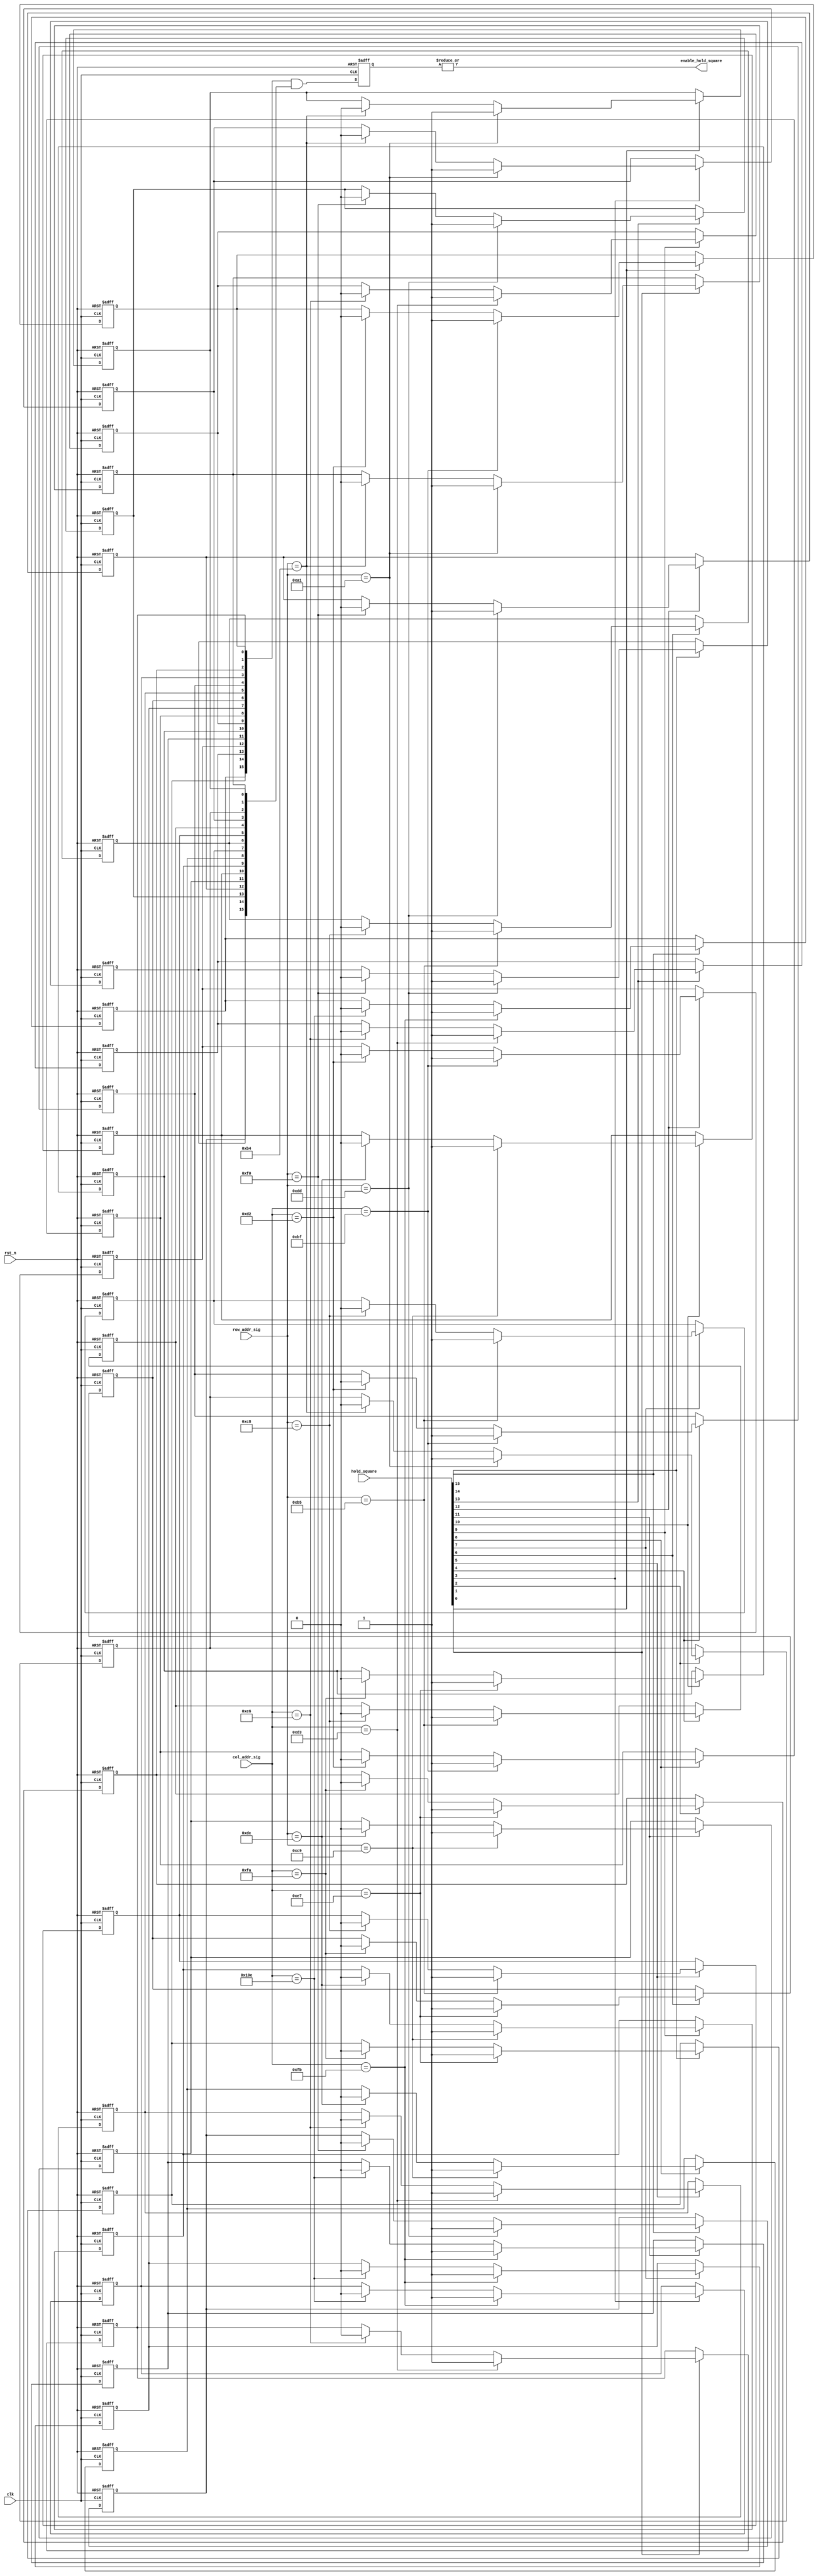
module enable_hold_square_module
( clk, rst_n, col_addr_sig, row_addr_sig, hold_square,
  enable_hold_square
);
input clk;
input rst_n;
input [10:0] col_addr_sig;
input [10:0] row_addr_sig;
input [15:0] hold_square;
output enable_hold_square;

/**************************************************/

reg [15:0] enable_hold_square_h;
reg [15:0] enable_hold_square_v;
reg [15:0] enable_hold_square_r;

/**************************************************/

generate
  genvar i;
  for( i = 0; i <= 15; i = i + 1)
    begin: iloop
      always @ ( posedge clk or negedge rst_n )
        begin
          if ( !rst_n )
            enable_hold_square_h[i] <= 1'b0;
          else if( hold_square[i] == 1'b1 )
            begin 
              if( col_addr_sig == 11'd191 + ( i % 11'd04 ) * 20 )  
                enable_hold_square_h[i] <= 1'b1; 
              else if( col_addr_sig == 11'd210 + ( i % 11'd04 ) * 20 )
                enable_hold_square_h[i] <= 1'b0; 
              else 
                enable_hold_square_h[i] <= enable_hold_square_h[i];
            end
          else 
            enable_hold_square_h[i] <= enable_hold_square_h[i];         
        end 
    end 
endgenerate

/**************************************************/

generate
  genvar j;
  for( j = 0; j <= 15; j = j + 1)
    begin: jloop
      always @ ( posedge clk or negedge rst_n )
        begin
          if( !rst_n )
            enable_hold_square_v[j] <= 1'b0;
          else if( hold_square[j] == 1'b1 )
            begin
              if( row_addr_sig == 11'd161 + ( j / 11'd04 ) * 11'd20)
                enable_hold_square_v[j] <= 1'b1;
              else if( row_addr_sig == 11'd180 + ( j / 11'd04 ) * 11'd20 )
                enable_hold_square_v[j] <= 1'b0; 
              else 
                enable_hold_square_v[j] <= enable_hold_square_v[j];
            end
          else 
            enable_hold_square_v[j] <= enable_hold_square_v[j];
        end
    end
endgenerate

/**************************************************/

always @ ( posedge clk or negedge rst_n )
  begin 
    if( !rst_n )
      enable_hold_square_r <= 16'd0;
    else 
      enable_hold_square_r <= enable_hold_square_h & enable_hold_square_v;
  end
  
/**************************************************/

assign enable_hold_square = | enable_hold_square_r;   

/**************************************************/    
               
endmodule